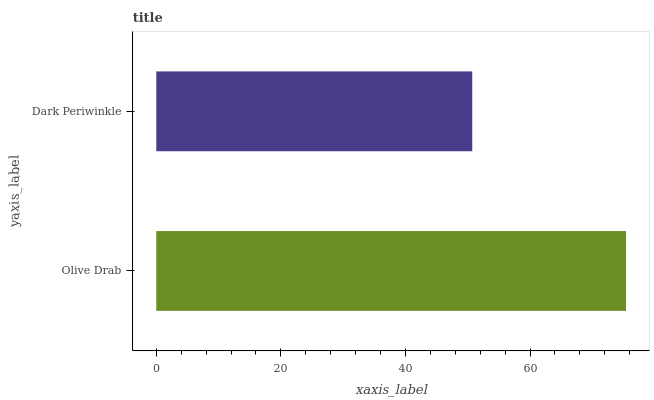
| yaxis_label | bars |
 | --- | --- |
 | Olive Drab | 75.4 |
 | Dark Periwinkle | 50.7 |